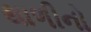
થાળીનો